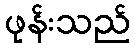
ဖုန်းသည်